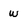
Character: w